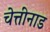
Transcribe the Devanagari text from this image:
चेत्तींनाड